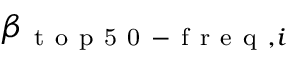
\beta _ { \mathrm { ~ t ~ o ~ p ~ 5 ~ 0 ~ - ~ f ~ r ~ e ~ q ~ } , i }